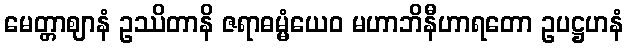
မေတ္တာဈာနံ ဥဿိတာနိ ဇရာဓမ္မံယေဝ မဟာဘိနီဟာရတော ဥပဋ္ဌဟနံ